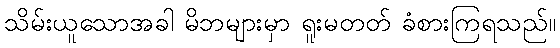
သိမ်းယူသောအခါ မိဘများမှာ ရူးမတတ် ခံစားကြရသည်။